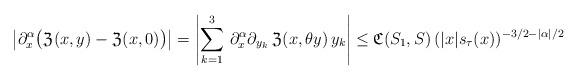
LaTeX: \begin{align*} \left|\partial _x^{\alpha}\big(\mathfrak Z_{} (x,y)- \mathfrak Z_{} (x,0)\big)\right| =\left|\sum _{k=1}^3 \,\partial _x^{\alpha}\partial_ {y_k} \,\mathfrak Z_{} (x,\theta y) \,y_k\right|\le \mathfrak C(S_1,S)\, (|x|s_\tau(x))^{-3/2-|\alpha|/2}\end{align*}